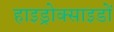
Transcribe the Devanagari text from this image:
हाइड्रोक्साइडों